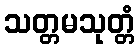
သတ္တမသုတ္တံ